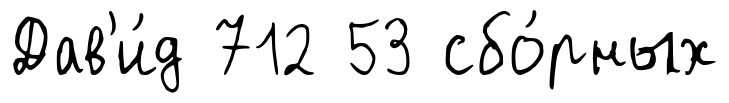
Дав'и́д 712 53 сбо́рных